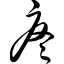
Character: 疼